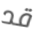
قد